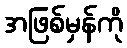
အဖြစ်မှန်ကို